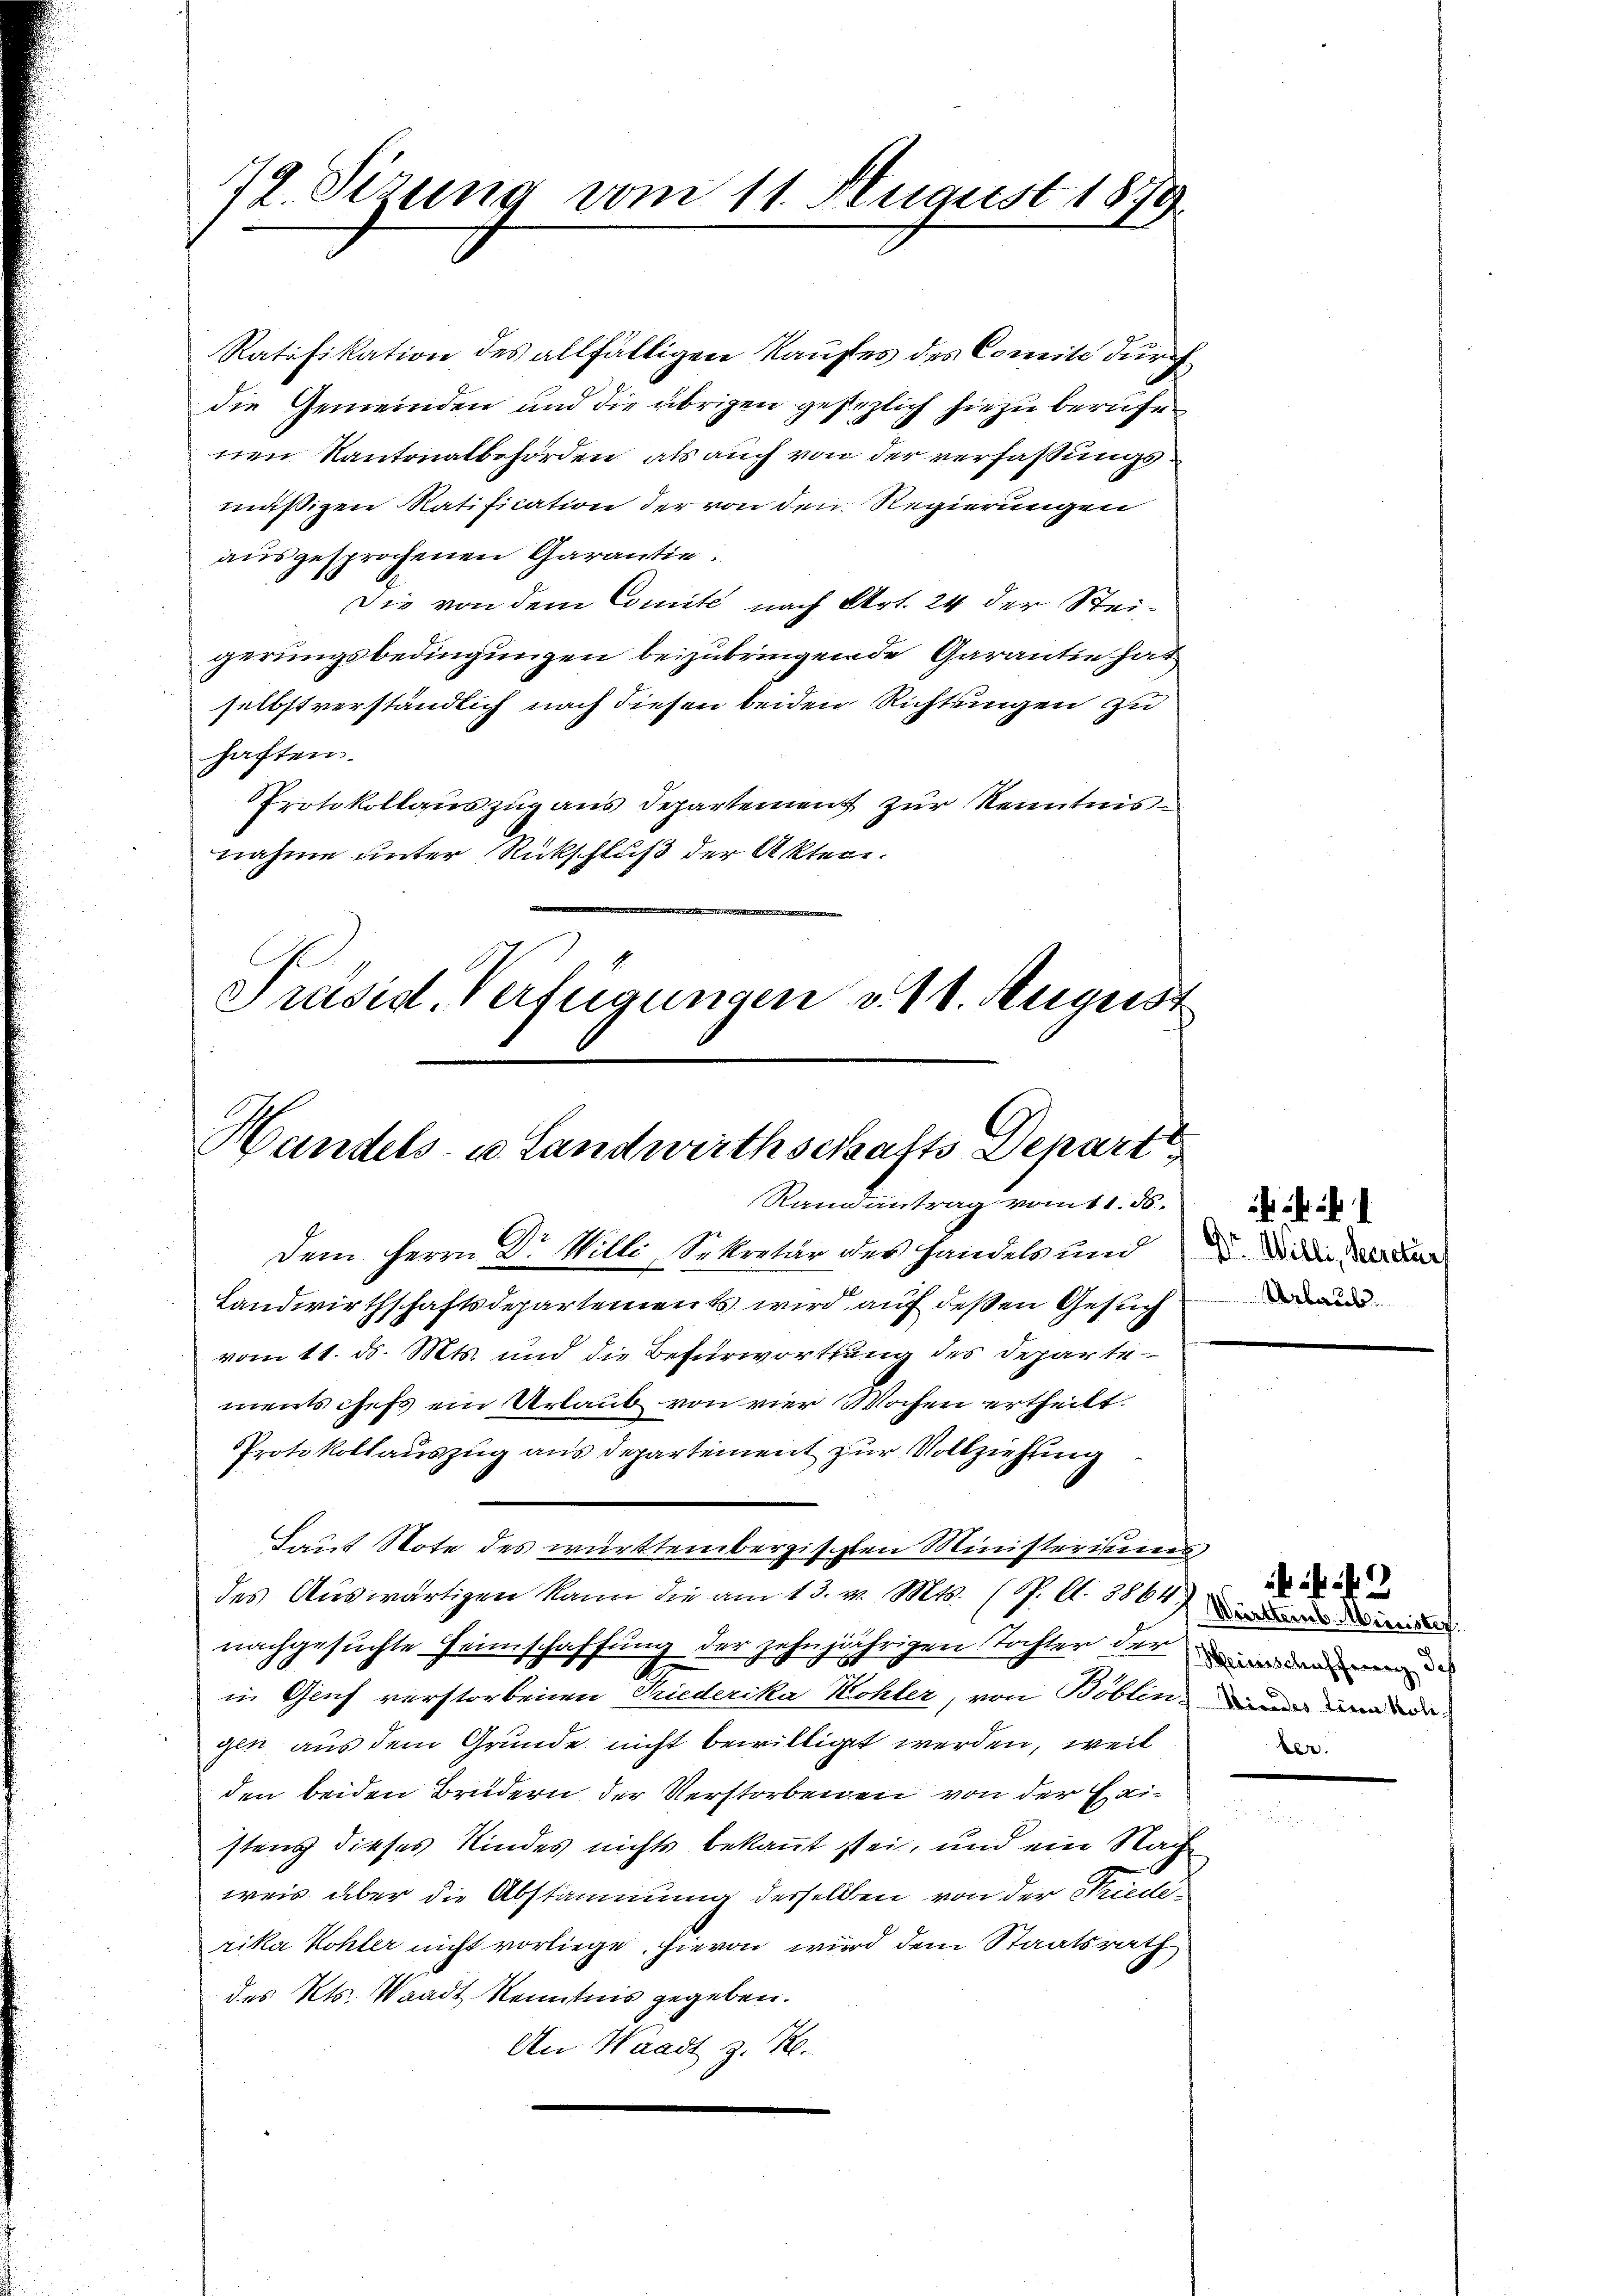
79. Sizung vom 11. August 1879

Ratifikation des allfälligen Kaufes des Comite durch
die Gemeinden und die übrigen gesezlich hiezu berufen
nen Kantonalbehörden, als auch von der verfassungsmäßigen Ratification der von den Regierungen
ausgesprochenen Garantie.
Die von dem Comite nach Art. 24 der Steigerungsbedingungen beizubringende Garantie hat
selbstverständlich nach diesen beiden Richtungen zu
haften.
Protokollauszug aus Departement zur Kenntnis
nahme unter Rückschluß der Akten.
Präsid. Verfügungen v. 11. August

Handels- u. Landwirthschafts Depart
Randantrag vom 11. 55.

Daus Note des württembergischten Ministeriums

Dem Herrn Dr Willi, Sekretär des Handels und
Landwirthschaftsdepartements wird auf deßen Gesuch
vom 11. ds. Mts. und die Befürwortung des Departementschefs ein Urlaub von vier Wochen ertheilt.
Protokollauszug aus Departement zur Vollziehung
des Auswärtigen kann die am 13. v. Mts. (T. A. 1861 die und die
nachgesuchte Heimschaffung der zehnjährigen Tochter der men
in Genf verstorbenen Priederika Kohler, von Böblin, und de
gen aus dem Grunde nicht bewilliget werden, weil
den beiden Brüdern der Verstorbenen von der Heistens dieses Kindes nichts bekannt sei, und ein Nach
weis aber die Abstammung derselben von der Friederika Kohler nicht vorliege. Hievon wird dem Staatsrath
des Kts. Waadt Kenntnis gegeben.
An Waadt z. R.

Dr. Willi, Secretärs
Arbe

449